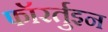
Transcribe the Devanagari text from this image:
फॉरर्तुइन